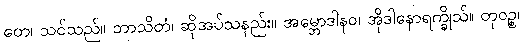
တေ၊ သင်သည်။ ဘာသိတံ၊ ဆိုအပ်သနည်း။ အမ္ဘောဒါနဝ၊ အိုဒါနောရက္ခိုသ်။ တုဝဉ္စ၊